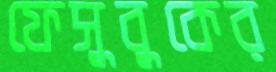
ফেসুবুকের